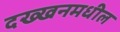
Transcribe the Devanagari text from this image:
दख्खनमधील